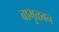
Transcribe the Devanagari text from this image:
बाभुळबन